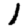
Digit: 1